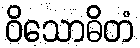
ဝိသောဓိတံ